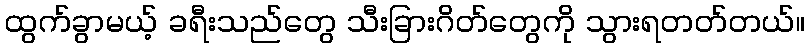
ထွက်ခွာမယ့် ခရီးသည်တွေ သီးခြားဂိတ်တွေကို သွားရတတ်တယ်။